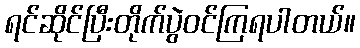
ရင်ဆိုင်ပြီးတိုက်ပွဲဝင်ကြရပါတယ်။